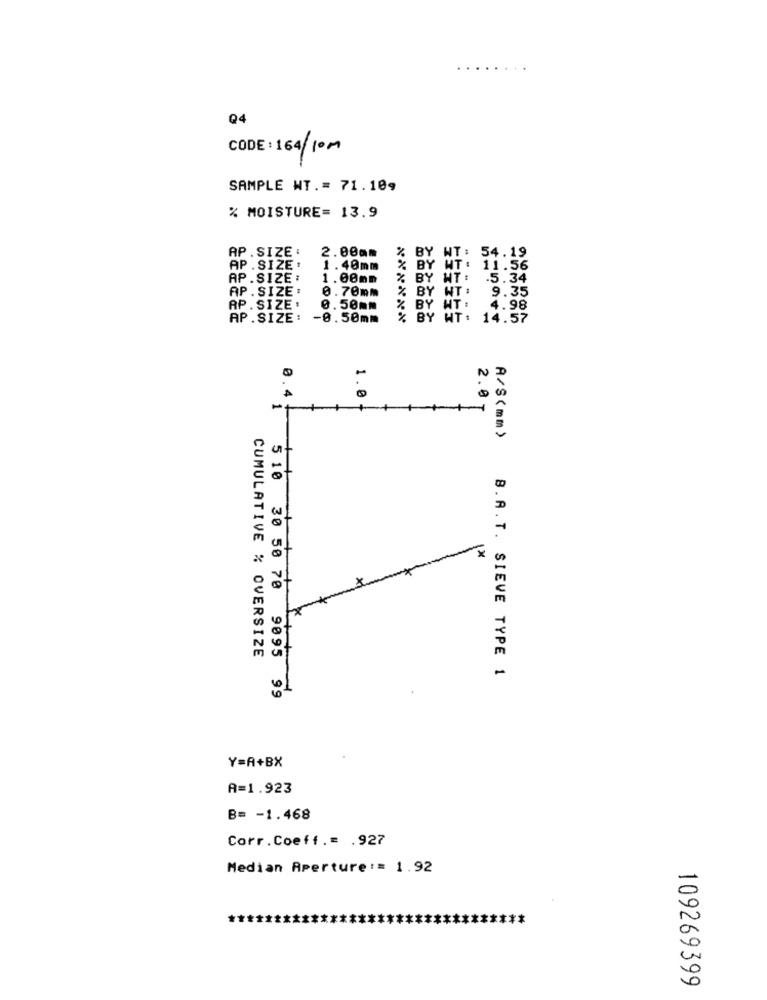
Q4
CODE: 164/10m
SAMPLE WT .= 71.109
% MOISTURE= 13.9
AP.SIZE:
2.00mm
% BY WT:
54.19
AP . SIZE :
1.40mm
% BY MT: 11.56
AP.SIZE :
1.00mm
% BY WT: . 5.34
AP . SIZE :
0.70mm
9.35
% BY WT:
AP. SIZE :
0.50mm
% BY WT:
4.98
AP.SIZE:
-0.50mm
% BY HT :
14.57
N
0.4
1.0
-
-
1
A/S(mm)
1×
×
CUMULATIVE % OVERSIZE
B.A.T. SIEVE TYPE 1
5 10 30 50 70 9095 99
Y=A+BX
A=1.923
B= - 1.468
Corr.Coeff .= . 927
Median Aperture := 1.92
109269399